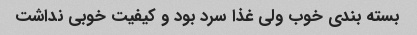
بسته بندی خوب ولی غذا سرد بود و کیفیت خوبی نداشت